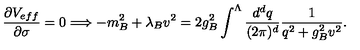
\frac { \partial V _ { e f f } } { \partial \sigma } = 0 \Longrightarrow - m _ { B } ^ { 2 } + \lambda _ { B } v ^ { 2 } = 2 g _ { B } ^ { 2 } \int ^ { \Lambda } \frac { d ^ { d } q } { ( 2 \pi ) ^ { d } } \frac { 1 } { q ^ { 2 } + g _ { B } ^ { 2 } v ^ { 2 } } .